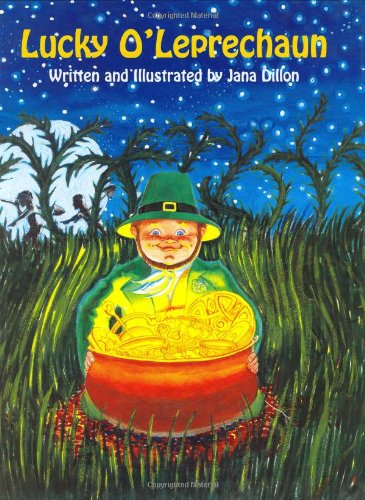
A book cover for Lucky O'Leprechaun (Lucky O'Leprechaun Series); Jana Dillon; Children's Books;